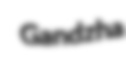
Gandzha